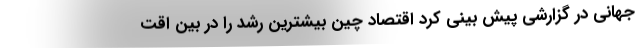
جهانی در گزارشی پیش بینی کرد اقتصاد چین بیشترین رشد را در بین اقت